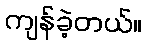
ကျန်ခဲ့တယ်။